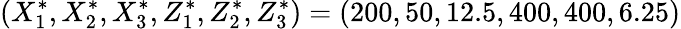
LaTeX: (X_{1}^{*},X_{2}^{*},X_{3}^{*},Z_{1}^{*},Z_{2}^{*},Z_{3}^{*})=(200,50,12.5,400,400,6.25)